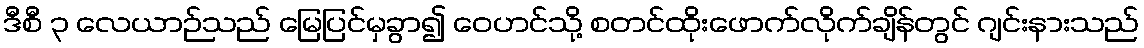
ဒီစီ ၃ လေယာဉ်သည် မြေပြင်မှခွာ၍ ဝေဟင်သို့ စတင်ထိုးဖောက်လိုက်ချိန်တွင် ဂျင်းနားသည်